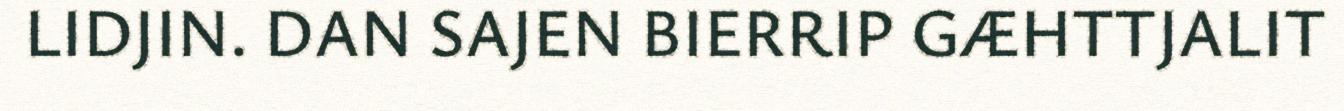
LIDJIN. DAN SAJEN BIERRIP GÆHTTJALIT